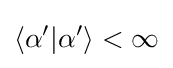
\langle \alpha '|\alpha '\rangle <\infty